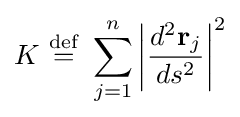
K\ {\stackrel {\mathrm {def} }{=}}\ \sum _{j=1}^{n}\left|{\frac {d^{2}\mathbf {r} _{j}}{ds^{2}}}\right|^{2}